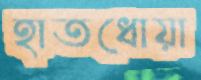
হাতধোয়া